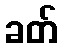
ခတ်